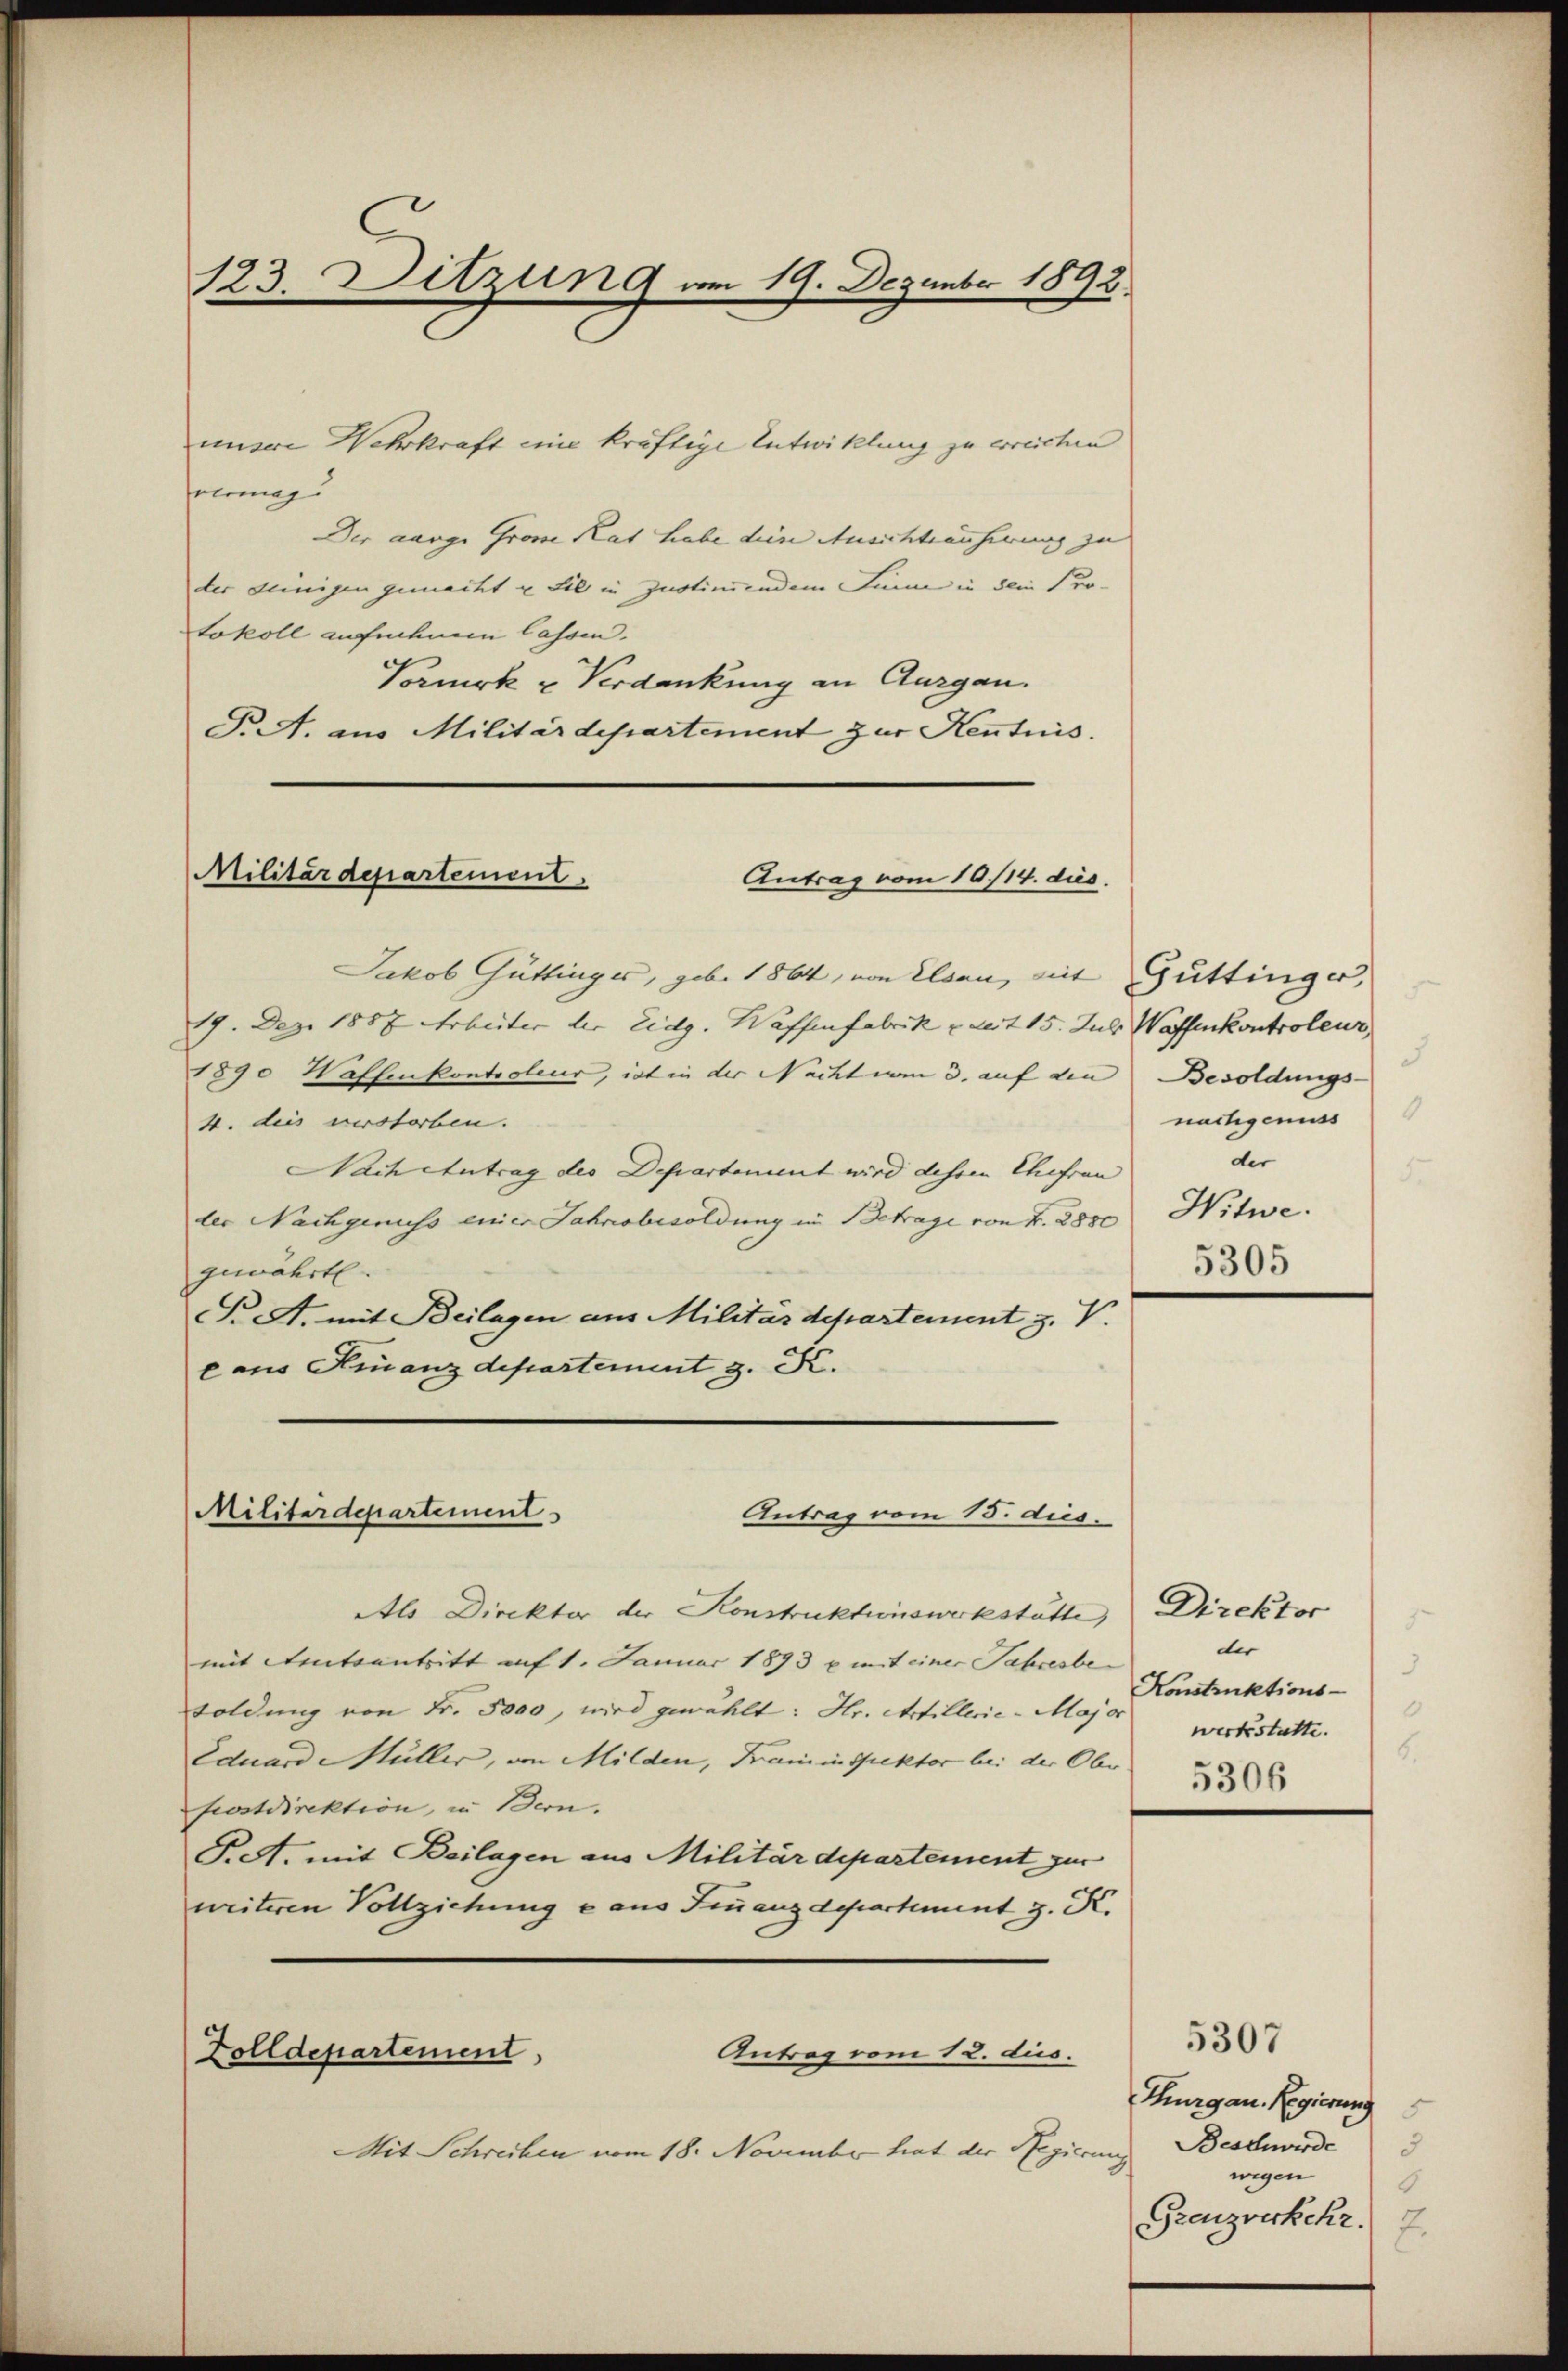
123. Ditzung am 19. Dezember 1892.

Militärdepartement
Antrag vom 16/14. dies

unsere Wehrkraft eine kräftige Entwicklung zu erreichen
vermag.
Der aarge Grome Rat habe diese Ansichtsäuferung zu
der seinigen gemacht u. Sie in Zustinendem Sinn in dem Protokoll aufnehmen lassen.
Vormerk u Verdankung an Aargau.
F. A. aus Militärdepartement zur Kenntnis.

Jakob Güttinges, geb. 1864, von Elsau, mit Güttinger,
19. Dez. 1887 Arbeiter der Eidg. Waffenfabrik u. zeit 15. Jul. Wassenkontroleur,
1890 Wahlenkontroleur, ist in der Nacht im 3. auf den
4. dies verstorben.
Nach entrag des Departement wird dehein Ehefrau
ler Nachgenuss einer Jahresbesoldung in Betrage von Fr. 2850
gewährt.
. A. mit Beilagen aus Militärdepartement z. V.
eaus Finanzdepartement z. K.

Militärdepartement
Antrag vom 15. dies.

Zolldepartement
Antrag vom 12. dus.

Mit Schreiben vom 18. November hat der Regierenz Beschwerde

Als Direkter der Konstruktionswerkstätte,
mit Amtsantritt auf 1. Januar 1893 u. mit einer Jahresbe¬
Foldung von Fr. 5000, wird gewählt: Hr. Artillerie-Major
Eduard Müller, von Milden, Kaminspektor bei der Ober
postdirektion, in Bern.
P.S. mit Beilagen aus Militärdepartement zur
weiteren Vollziehung e aus Finanzdepartement z. K.

Besoldungs-
nachgenuss
der
5
Witwe.
5305

Direktor
der
Konstruktions-
werkstatte.
5306

Thurgau, Regierung
8
wegen
6
Grenzverkehr. 7.

5307